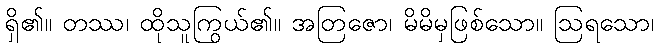
ရှိ၏။ တဿ၊ ထိုသူကြွယ်၏။ အတြဇော၊ မိမိမှဖြစ်သော။ ဩရသော၊